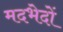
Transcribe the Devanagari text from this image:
मदभेदों